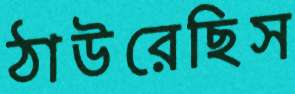
ঠাউরেছিস